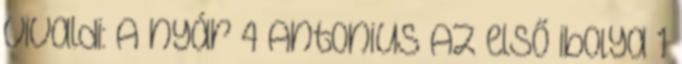
Vivaldi: A nyár 4 Antonius Az első ibolya 1